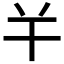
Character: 𢆉